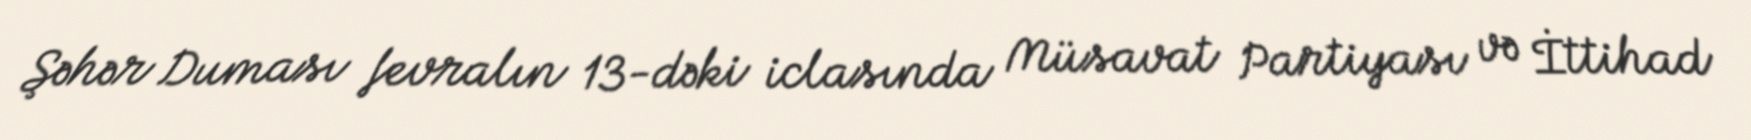
Şəhər Duması fevralın 13-dəki iclasında Müsavat Partiyası və İttihad